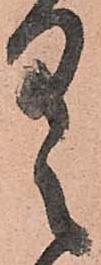
具